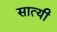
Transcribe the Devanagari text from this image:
सात्यी